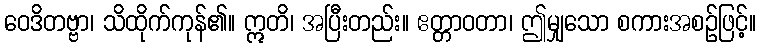
ဝေဒိတဗ္ဗာ၊ သိထိုက်ကုန်၏။ ဣတိ၊ အပြီးတည်း။ ဧတ္တာဝတာ၊ ဤမျှသော စကားအစဉ်ဖြင့်။